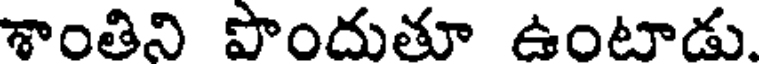
శాంతిని పొందుతూ ఉంటాడు.